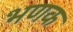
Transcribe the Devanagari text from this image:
भणक